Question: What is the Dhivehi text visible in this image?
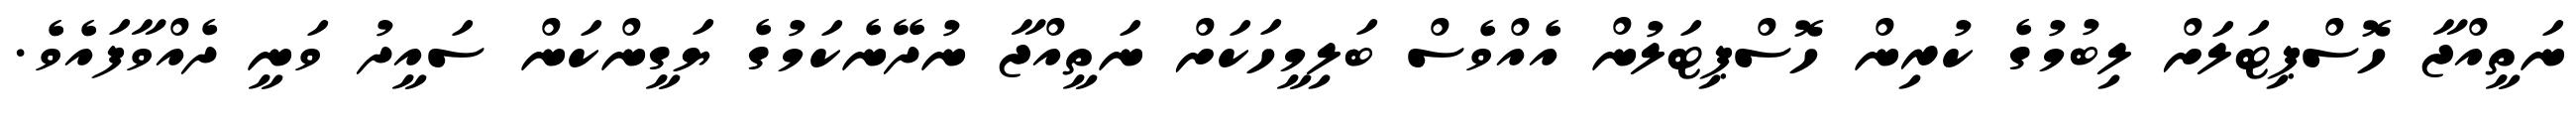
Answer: ނަތީއްޖާ ހޮސްޕިޓަލަށް ލިބުމުގެ ކުރިން ހޮސްޕިޓަލުން އެއްވެސް ބަލިމީހަކަށް ނަތީއްޖާ ނުދޭނެކަމުގެ ޔަގީންކަން ސައީދު ވަނީ ދެއްވާފައެވެ.